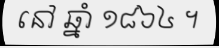
នៅ ឆ្នាំ ១៨៦៤ ។